Annual administration report of the Civil Veterinary Department of India - 1893-1894
Year: 1893
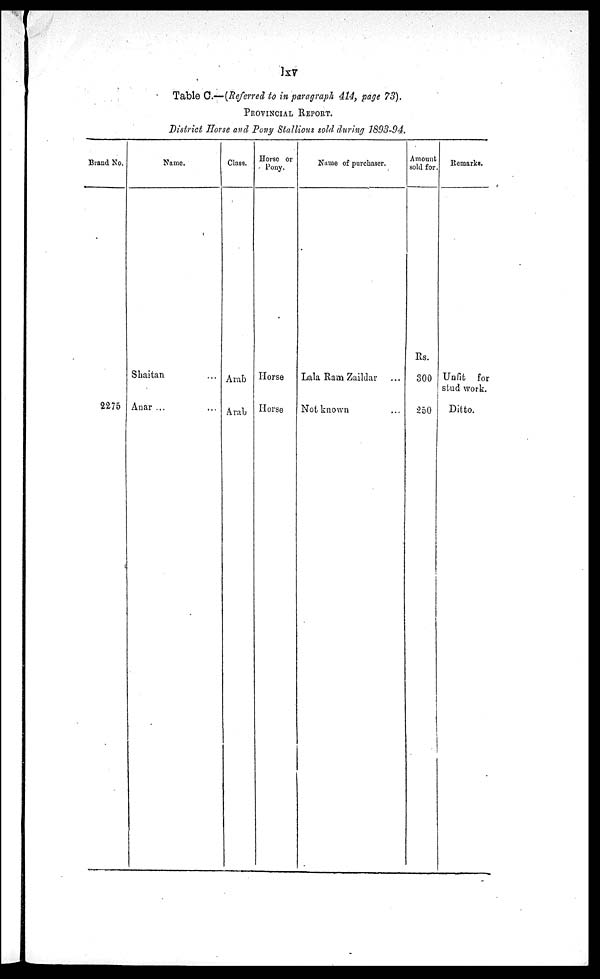
lxv
Table C.— (Referred to in paragraph 414, page 73).
PROVINCIAL REPORT.
District Horse and Pony Stallions sold during 1893-94.
Brand No.
2275
Name.
Shaitan ...
Anar ... ...
Class.
Arab
Arab
Horse or
Pony.
Horse
Horse
Name of purchaser.
Lala Ram Zaildar ...
Not known ...
Amount
sold for.
Rs.
300
250
Remarks.
Unfit for
stud work.
Ditto.